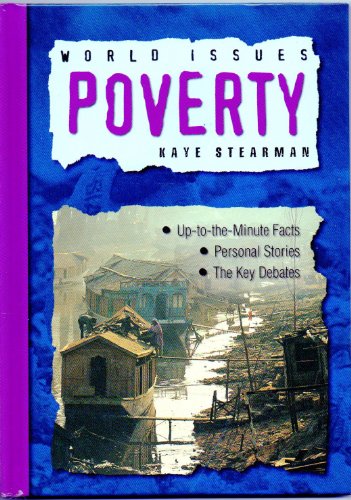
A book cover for Poverty (World Issues Series); Kaye Stearman; Teen & Young Adult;